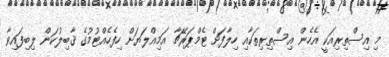
މި އިސްތިރިއަކީ އެހެން އިސްތިރިތަކާއި ހިލާފަށް ޓެމްޕަރޭޗާ އަމިއްލަޔަށް ހިފެހެއްޓުމުގެ ޤާބިލުކަން ލިބިފައިވާ